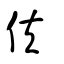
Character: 伕